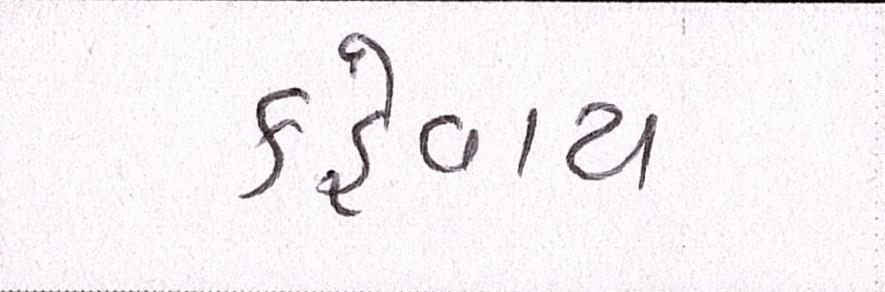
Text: કહેવાય